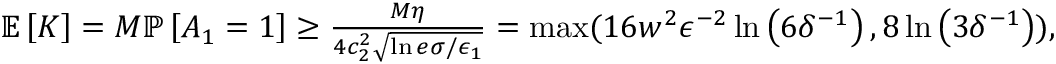
\begin{array} { r } { \mathbb { E } \left[ K \right] = M \mathbb { P } \left[ A _ { 1 } = 1 \right] \ge \frac { M \eta } { 4 c _ { 2 } ^ { 2 } \sqrt { \ln { e \sigma / \epsilon _ { 1 } } } } = \operatorname* { m a x } ( 1 6 w ^ { 2 } \epsilon ^ { - 2 } \ln \left( 6 \delta ^ { - 1 } \right) , 8 \ln \left( 3 \delta ^ { - 1 } \right) ) , } \end{array}